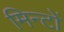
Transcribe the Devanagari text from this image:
मिन्टों